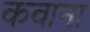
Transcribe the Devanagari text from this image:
कवाना